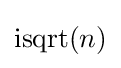
\operatorname {isqrt} (n)